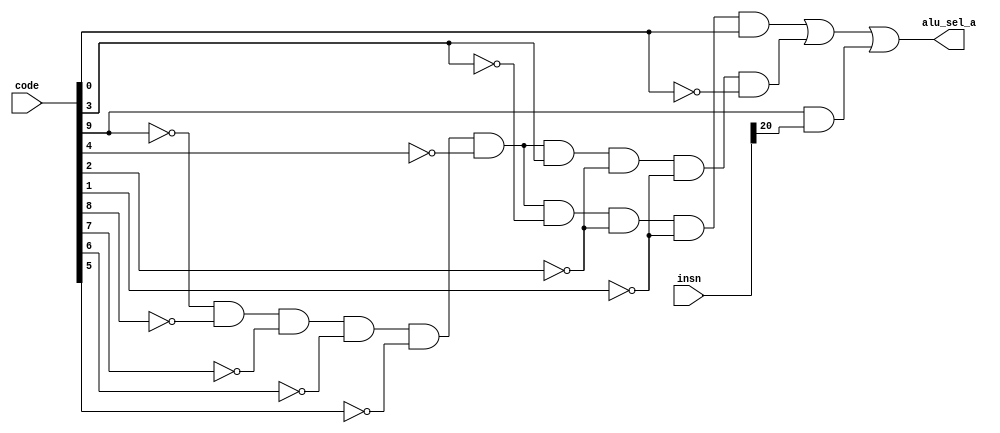
/* Mdulo responsvel por gerar o sinal alu_sel_a a partir do cdigo code
code = 10'b0000000001, gera sinal: 1 // Instruo tipo J 
code = 10'b0000000010, gera sinal: 0 // Instruo tipo I (Jarl)
code = 10'b0000000100, gera sinal: x // Instruo tipo U (LUI)
code = 10'b0000001000, gera sinal: 1 // Instruo tipo U (AUIPC)
code = 10'b0000010000, gera sinal: 0 // Instruo tipo B
code = 10'b0000100000, gera sinal: 0 // Instruo tipo R
code = 10'b0001000000, gera sinal: 0 // Instruo tipo S
code = 10'b0010000000, gera sinal: 0 // Instruo tipo I (ALU)
code = 10'b0100000000, gera sinal: 0 // Instruo tipo I (LOAD)

* code = 10'b1000000000, gera sinal: 1 ou 0 // Instruo tipo I (CSR)
Para o ltimo code, referente as instrues CSR, o valor de alu_sel_a deve ser 0 caso a instruo seja um ecall e 1 caso seja um ebreak

Tabela verdade do circuito (funo em mintermos com A sendo msb e J lsb):

    0000000001  1 (~A&~B&~C&~D&~E&~F&~G&~H&~I&J)
    0000000010  0 
    0000000100  x 
    0000001000  1 (~A&~B&~C&~D&~E&~F&G&~H&~I&~J)
    0000010000  0
    0000100000  0
    0001000000  0
    0010000000  0
    0100000000  0 

    * 1000000000  0 ou 1

Funo = (~A&~B&~C&~D&~E&~F&~G&~H&~I&J)|(~A&~B&~C&~D&~E&~F&G&~H&~I&~J) */
module ALUSelA (code, alu_sel_a, insn);
input [9:0] code;
input [31:0] insn;
output alu_sel_a;
wire W1;

    // Assign com expresso derivada da funo
    assign W1 = (~code[9] & ~code[8] & ~code[7] & ~code[6] & ~code[5] & ~code[4] & ~code[3] & ~code[2] & ~code[1] & code[0]) | (~code[9] & ~code[8] & ~code[7] & ~code[6] & ~code[5] & ~code[4] & code[3] & ~code[2] & ~code[1] & ~code[0]) ;
    
    /* Se a funo acima de devolveu 1, apenas passar o sinal
    Caso contrrio, devolver 0 para todos os codes != 1000000000 e 1 somente quando o bit 20 de insn for 1 (diferenciador entre ecall e ebreak) */
    assign alu_sel_a = W1 | (code[9] & insn[20]);

endmodule